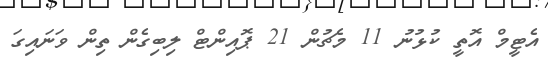
އެޓީމް އޮތީ ކުޅުނު 11 މެޗުން 21 ޕޮއިންޓް ލިބިގެން ތިން ވަނައިގަ